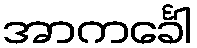
အာကင်္ခေါ